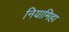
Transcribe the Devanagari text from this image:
नियामिहा